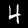
Digit: 4